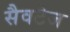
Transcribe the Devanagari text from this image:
सैवटेज